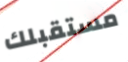
مستقبلك